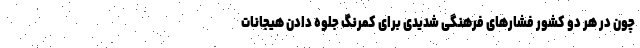
چون در هر دو کشور فشارهای فرهنگی شدیدی برای کمرنگ جلوه دادن هیجانات